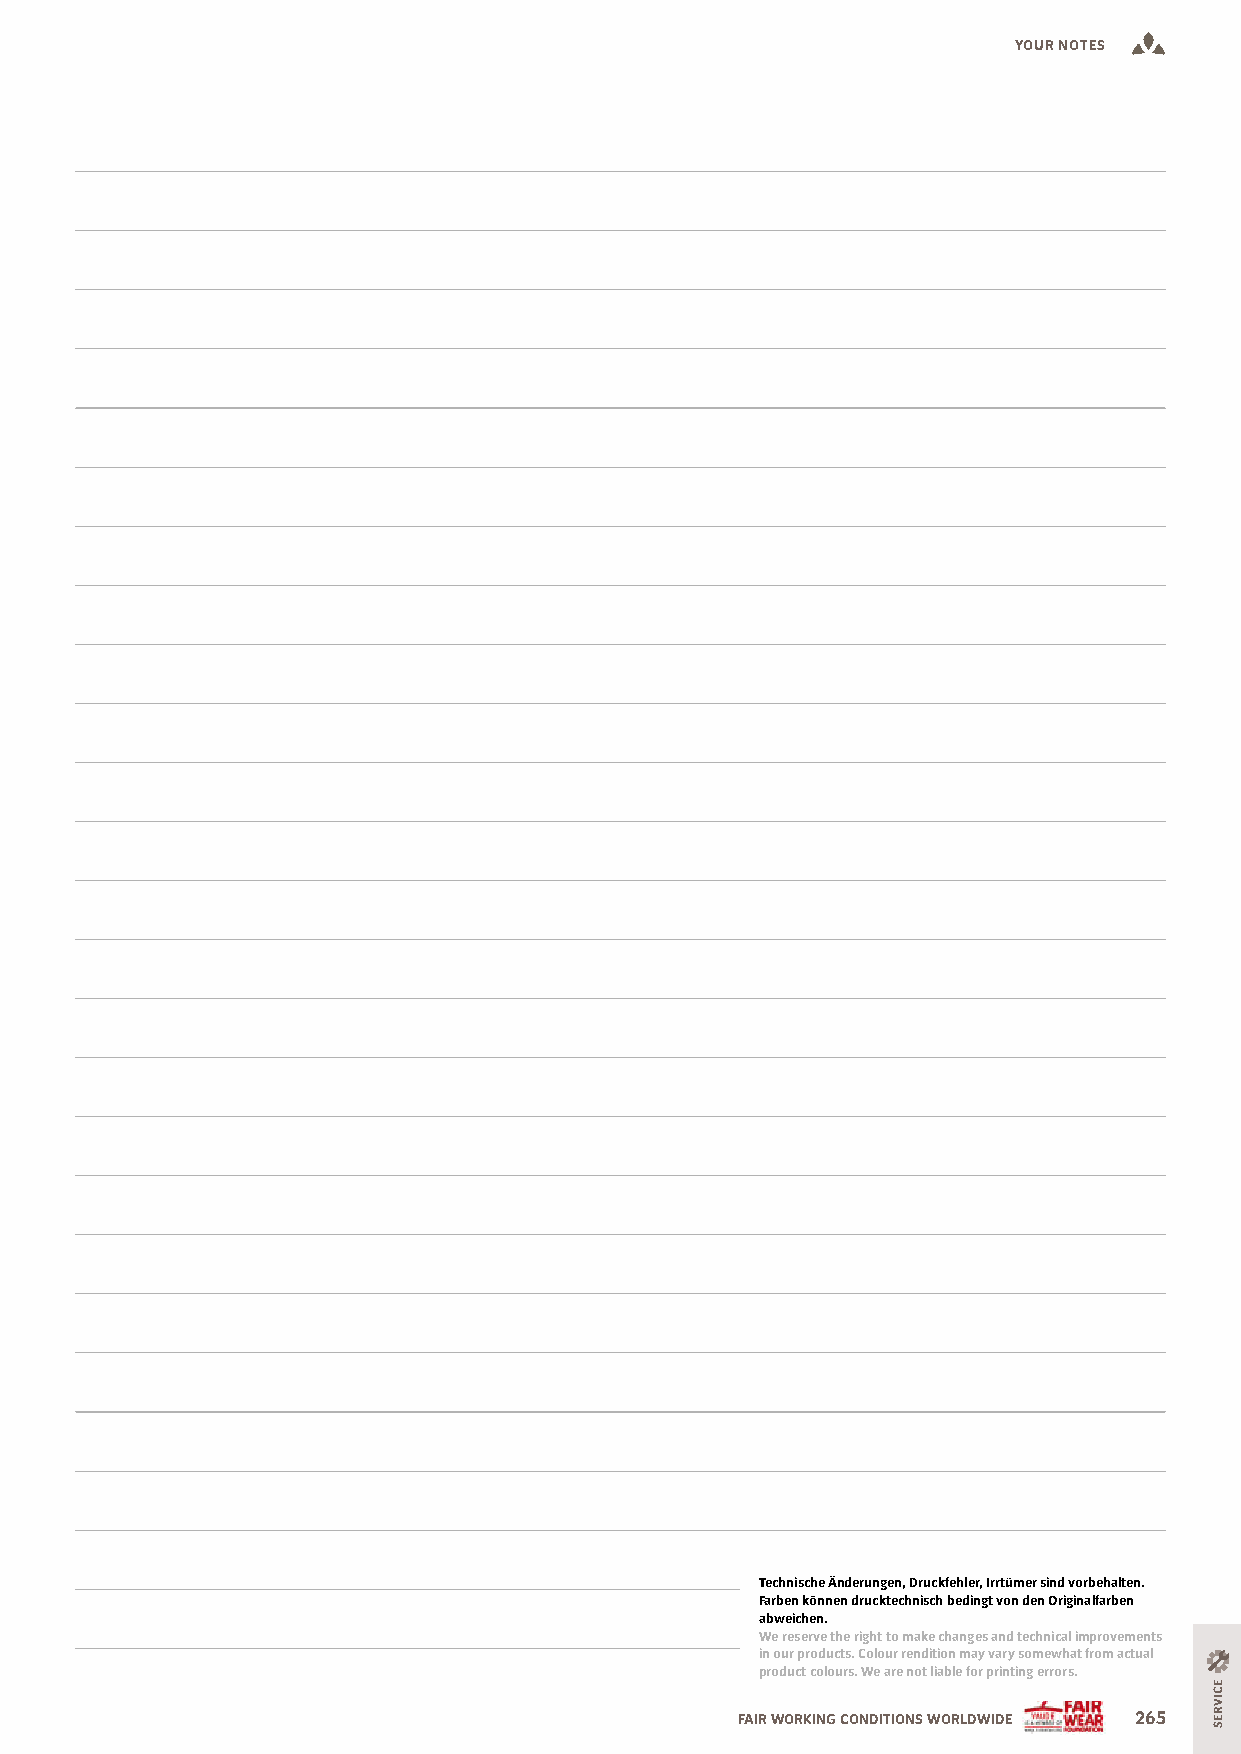
YOUR NOTES
 Technische Änderungen, Druckfehler, Irrtümer sind vorbehalten.
 Farben können drucktechnisch bedingt von den Originalfarben
 abweichen.
 We reserve the right to make changes and technical improvements
 in our products. Colour rendition may vary somewhat from actual
 product colours. We are not liable for printing errors.
 FAIR WORKING CONDITIONS WORLDWIDE 265
 ECIVRES